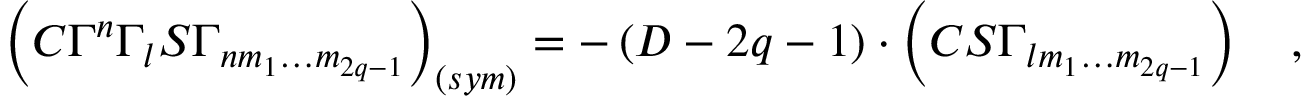
\left( C \Gamma ^ { n } \Gamma _ { l } S \Gamma _ { n m _ { 1 } \ldots m _ { 2 q - 1 } } \right) _ { \left( s y m \right) } = - \left( D - 2 q - 1 \right) \cdot \left( C S \Gamma _ { l m _ { 1 } \ldots m _ { 2 q - 1 } } \right) \quad ,